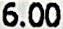
6.00